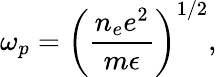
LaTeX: \omega_{p}=\left(\frac{n_{e}e^{2}}{m\epsilon}\right)^{1/2},